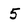
Character: 5